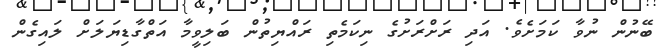
ބޭނުން ނުވާ ކަމަށެވެ. އަދި ރަށްރަށުގެ ނިކަމެތި ރައްޔިތުން ބަލިވީމާ އަތްގާޑިޔަލަށް ލައިގެން